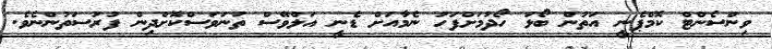
ވިންސެންޓް ކޮމްޕެނީ އަތުން ބޯޅަ ހޯދުމަށްފަހު ނެމާއަށް ޑެނީ އަލްވޭސް ތަނަވަސްކޮށްދިން ފުރުސަތުންނެވެ.